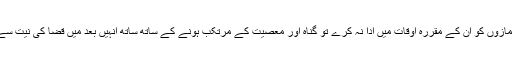
چنانچہ انسان اگر واجب نمازوں کو ان کے مقررہ اوقات میں ادا نہ کرے تو گناہ اور معصیت کے مرتکب ہونے کے ساتھ ساتھ انہیں بعد میں قضا کی نیت سے انجام دینا ضروری ہے۔